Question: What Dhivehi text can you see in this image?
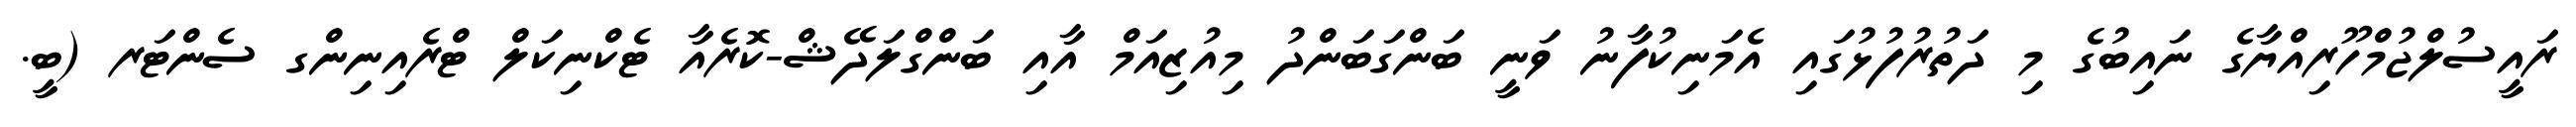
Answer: ރައީސުލްޖުމްހޫރިއްޔާގެ ނައިބުގެ މި ދަތުރުފުޅުގައި އެމަނިކުފާނު ވަނީ ބަންގަބަންދު މިއުޒިއަމް އާއި ބަންގްލަދޭޝް-ކޮރެއާ ޓެކްނިކަލް ޓްރެއިނިންގ ސެންޓަރ (ބީ.